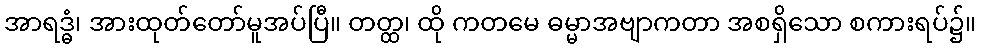
အာရဒ္ဓံ၊ အားထုတ်တော်မူအပ်ပြီ။ တတ္ထ၊ ထို ကတမေ ဓမ္မာအဗျာကတာ အစရှိသော စကားရပ်၌။